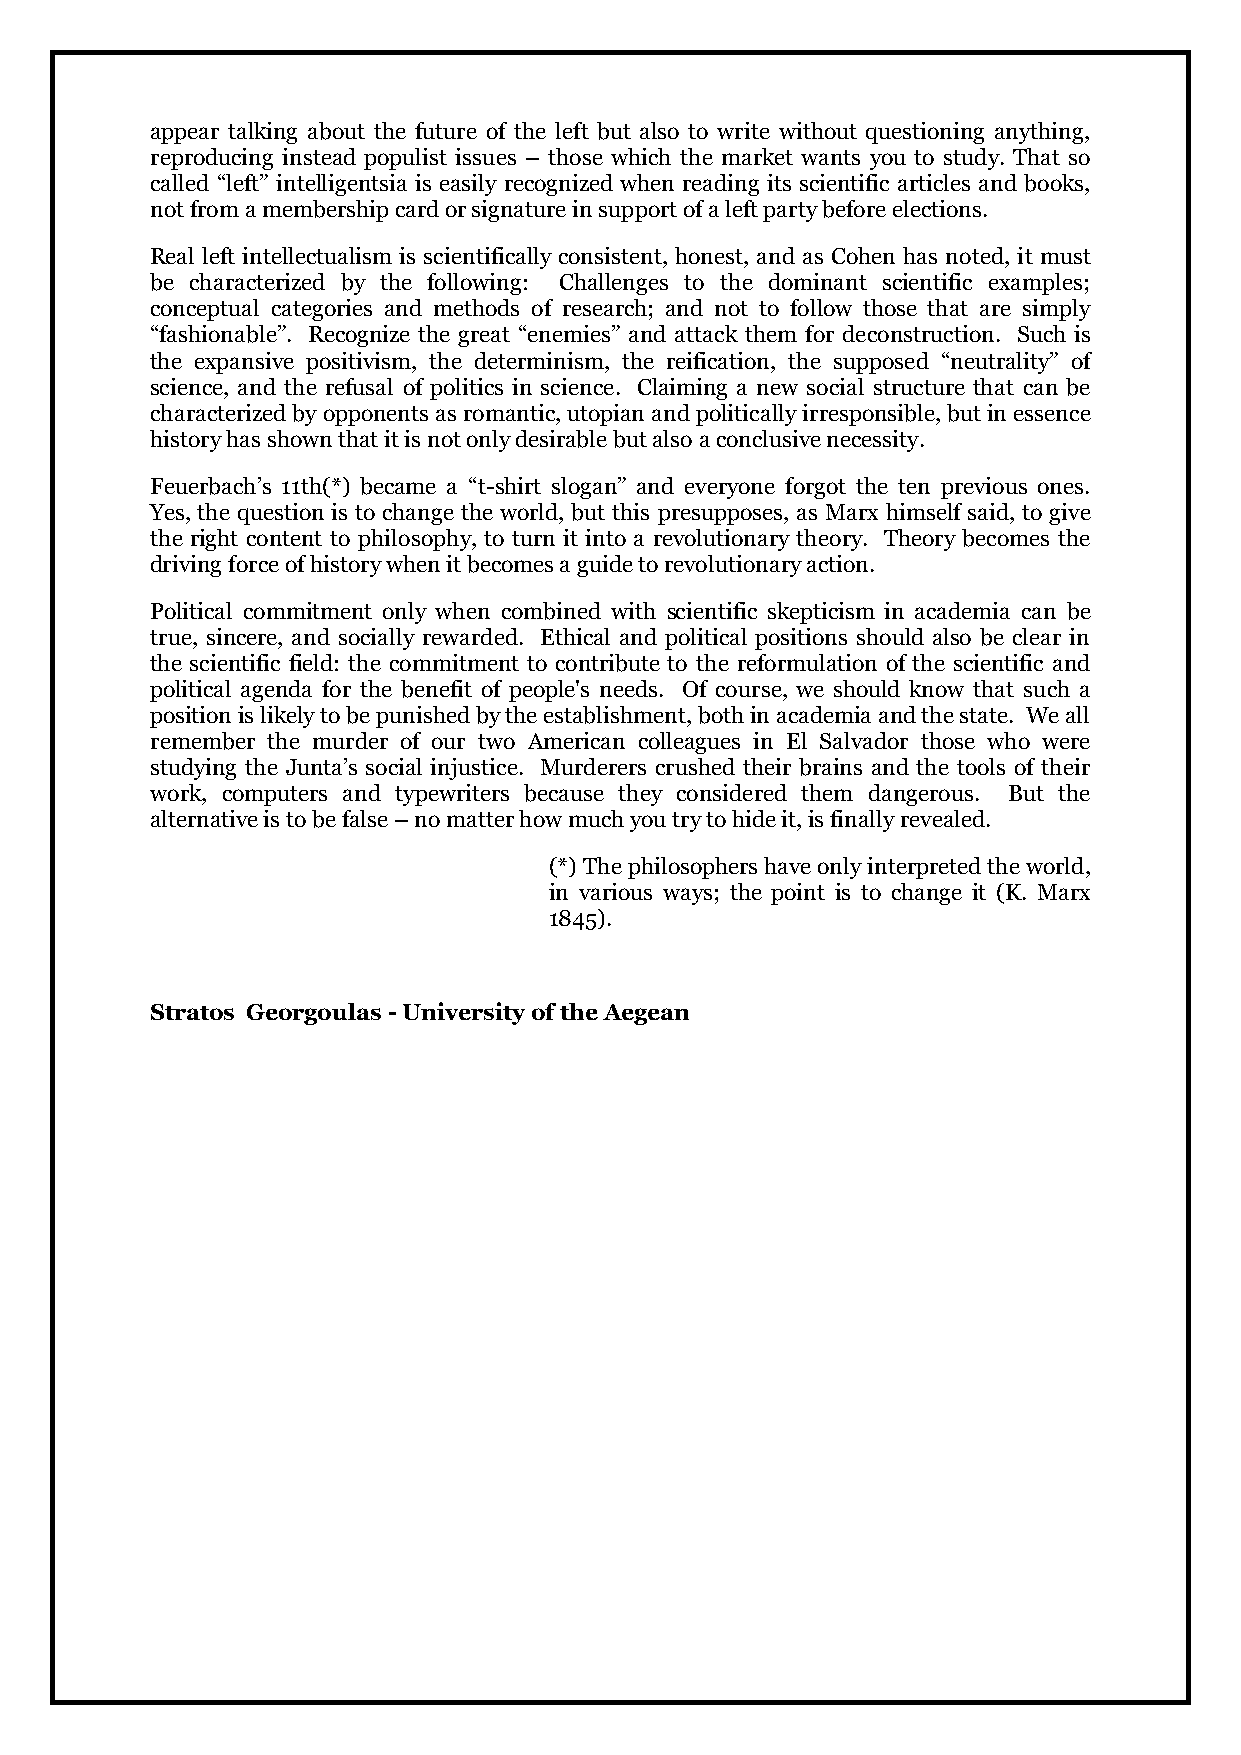
appear talking about the future of the left but also to write without questioning anything,
 reproducing instead populist issues – those which the market wants you to study. That so
 called “left” intelligentsia is easily recognized when reading its scientific articles and books,
 not from a membership card or signature in support of a left party before elections.
 Real left intellectualism is scientifically consistent, honest, and as Cohen has noted, it must
 be characterized by the following: Challenges to the dominant scientific examples;
 conceptual categories and methods of research; and not to follow those that are simply
 “fashionable”. Recognize the great “enemies” and attack them for deconstruction. Such is
 the expansive positivism, the determinism, the reification, the supposed “neutrality” of
 science, and the refusal of politics in science. Claiming a new social structure that can be
 characterized by opponents as romantic, utopian and politically irresponsible, but in essence
 history has shown that it is not only desirable but also a conclusive necessity.
 Feuerbach’s 11th(*) became a “t-shirt slogan” and everyone forgot the ten previous ones.
 Yes, the question is to change the world, but this presupposes, as Marx himself said, to give
 the right content to philosophy, to turn it into a revolutionary theory. Theory becomes the
 driving force of history when it becomes a guide to revolutionary action.
 Political commitment only when combined with scientific skepticism in academia can be
 true, sincere, and socially rewarded. Ethical and political positions should also be clear in
 the scientific field: the commitment to contribute to the reformulation of the scientific and
 political agenda for the benefit of people's needs. Of course, we should know that such a
 position is likely to be punished by the establishment, both in academia and the state. We all
 remember the murder of our two American colleagues in El Salvador those who were
 studying the Junta’s social injustice. Murderers crushed their brains and the tools of their
 work, computers and typewriters because they considered them dangerous. But the
 alternative is to be false – no matter how much you try to hide it, is finally revealed.
 (*) The philosophers have only interpreted the world,
 in various ways; the point is to change it (K. Marx
 1845).
 Stratos Georgoulas - University of the Aegean